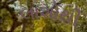
લાશોથી